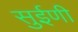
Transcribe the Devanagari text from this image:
सुईणी